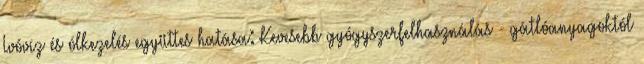
Ivóvíz és ólkezelés együttes hatása: Kevesebb gyógyszerfelhasználás - gátlóanyagoktól